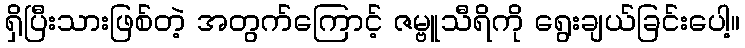
ရှိပြီးသားဖြစ်တဲ့ အတွက်ကြောင့် ဇမ္ဗူသီရိကို ရွေးချယ်ခြင်းပေါ့။